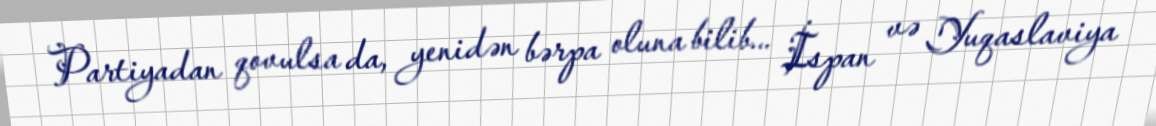
Partiyadan qovulsa da, yenidən bərpa oluna bilib... İspan və Yuqaslaviya